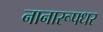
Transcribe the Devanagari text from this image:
नानारूपधर